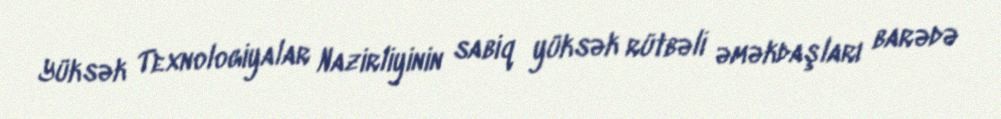
Yüksək Texnologiyalar Nazirliyinin sabiq yüksək rütbəli əməkdaşları barədə